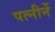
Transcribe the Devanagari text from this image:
पत्नीनें